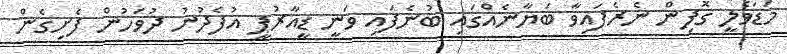
މަޑަވެލީ ގޮފިން ނެރެފައިވާ ބަޔާނެއްގައި ބުނެފައި ވަނީ ޑީއާރުޕީ އުފެދުނު ދުވަހުން ފެށިގެން